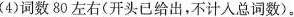
(4)词数80左右(开头已给出，不计入总词数)。